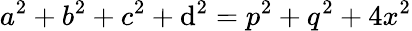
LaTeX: a^{2}+b^{2}+c^{2}+\mathrm{d}^{2}=p^{2}+q^{2}+4x^{2}